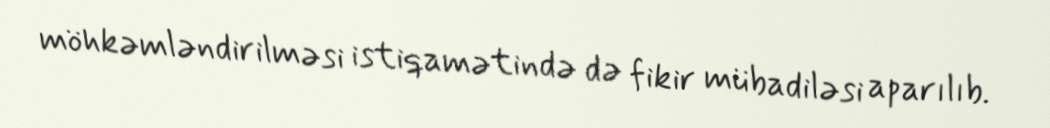
möhkəmləndirilməsi istiqamətində də fikir mübadiləsi aparılıb.